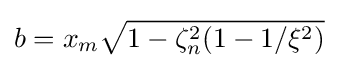
b=x_{m}{\sqrt {1-\zeta _{n}^{2}(1-1/\xi ^{2})}}